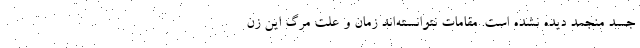
جسد منجمد دیده نشده است. مقامات نتوانسته‌اند زمان و علت مرگ این زن